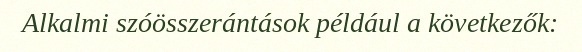
Alkalmi szóösszerántások például a következők: